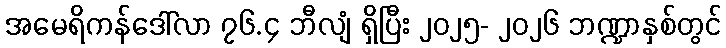
အမေရိကန်ဒေါ်လာ ၇၆.၄ ဘီလျံ ရှိပြီး ၂၀၂၅- ၂၀၂၆ ဘဏ္ဍာနှစ်တွင်